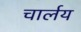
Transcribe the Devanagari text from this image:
चार्लय